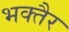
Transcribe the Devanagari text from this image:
भक्तैर